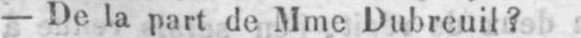
- De la part de Mme Dubreuil?